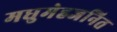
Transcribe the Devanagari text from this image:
मधुमेहजनित